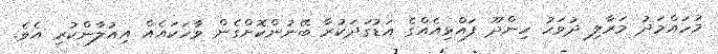
މުހައްމަދު މަރާލި ދުވަހު ހިންދޫ ފައްޅިއެއްގެ އަޑުގަދަކުރާ ބޭނުންކޮށްގެން ވާހަކައެއް އިއުލާންކުރި އެވެ.